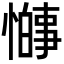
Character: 𫻋